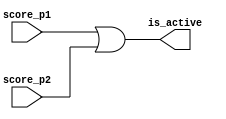

module change_problem_logic(is_active, score_p1, score_p2);
/*
  low-level module for compair 2 player score for send toggle data next problem
  @output [1-bit] 1 if one of person have corrcet answer
  @input [1bit][active hight] one score of perple or both
*/
  output is_active;
  input score_p1, score_p2;
  or(is_active, score_p1, score_p2);

endmodule

module get_player_score(ret_score_p1, ret_score_p2, rm_in_bcd, prob, toggle_beep);
/*
  check player answer with problem answer and get who player give score
  @output [active hight] 1-bit score_player1 OR score_player2
  @input [bcd] remote_raw_bcd , problem_bcd_answer
*/
  output ret_score_p1;
  output ret_score_p2;
  input [7:0]rm_in_bcd;
  input [3:0]prob;
  input toggle_beep;
  wire [3:0]player_ans;
  wire [1:0]players;

  reg ret_score_p1, ret_score_p2;
  remote_chk_ans_ply rcap(player_ans, players, rm_in_bcd);

  always @(1)
  begin
    if (player_ans == prob && !toggle_beep)
      begin
          case (players)
              1:ret_score_p1 = 1'b1;
              2:ret_score_p2 = 1'b1;
              default:
                begin
                  ret_score_p1 = 1'b0;
                  ret_score_p2 = 1'b0;
                end
          endcase
      end
    else
      begin
        ret_score_p1 = 1'b0;
        ret_score_p2 = 1'b0;
      end
  end
endmodule

module remote_chk_ans_ply(anssel, player, in_hex);
/*
  check answer from remote both
  @retrun choice 1-4 [3:0]and player 1-2 [1:0]
  @input [active low] raw bcd[7:0] from remote
*/
  output [3:0]anssel;
  output [1:0]player;
  input [7:0]in_hex;

  reg [3:0]anssel;
  reg [1:0]player;

  always @(1)
    begin
      case (in_hex)
        8'b11111110 :
        begin
          anssel = 4;
          player = 2;
        end
        8'b11111101 :
        begin
          anssel = 3;
          player = 2;
        end
        8'b11111011 :
        begin
          anssel = 2;
          player = 2;
        end
        8'b11110111 :
        begin
          anssel = 1;
          player = 2;
        end
        8'b11101111 :
        begin
          anssel = 4;
          player = 1;
        end
        8'b11011111 :
        begin
          anssel = 3;
          player = 1;
        end
        8'b10111111 :
        begin
          anssel = 2;
          player = 1;
        end
        8'b01111111 :
        begin
          anssel = 1;
          player = 1;
        end
        default:
          begin
            anssel = 0;
            player = 0;
          end
      endcase
    end
endmodule